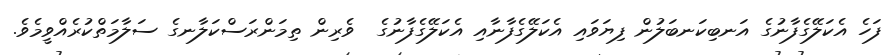
ފަހެ އެކަލޭގެފާނުގެ އަނބިކަނބަލުން ފިޔަވައި އެކަލޭގެފާނާއި އެކަލޭގެފާނުގެ  ވެރިން ތިމަންރަސްކަލާނގެ ސަލާމަތްކުރެއްވީމެވެ.